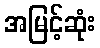
အမြင့်ဆုံး